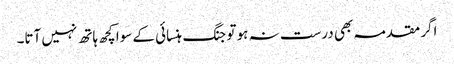
اگر مقدمہ بھی درست نہ ہو تو جنگ ہنسائی کے سوا کچھ ہاتھ نہیں آتا۔